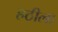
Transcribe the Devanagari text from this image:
हठीला